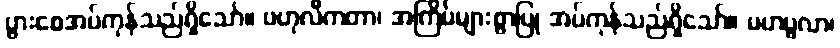
ပွားစေအပ်ကုန်သည်ရှိသော်။ ဗဟုလီကတာ၊ အကြိမ်များစွာပြု အပ်ကုန်သည်ရှိသော်။ မဟပ္ဖလာ၊